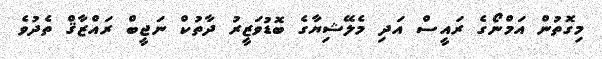
މިގޮތުން އަމްނޯގެ ރައީސް އަދި މެލޭޝިޔާގެ ބޮޑުވަޒީރު ދާތުކް ނަޖީބް ރައްޒާޤް ތެދުވެ